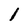
Character: 1